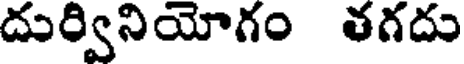
దుర్వినియోగం తగదు